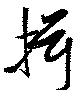
揖